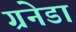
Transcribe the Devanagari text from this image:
ग्रनेडा